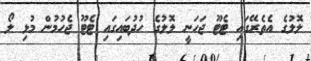
ލޮލުގެ އެތެރޭގައި ޓެޓޫ ޖަހަނީ ލޮލުގެ ހުދުބައިގައި ޓެޓޫ ޖެހުމުން މުޅި ލޯ